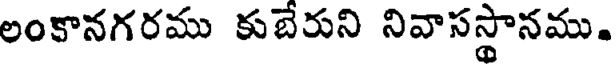
లంకానగరము కుబేరుని నివాసస్థానము.